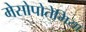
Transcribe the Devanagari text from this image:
मेसोपोतेमिया